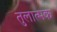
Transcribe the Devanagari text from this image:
तुलात्मक